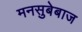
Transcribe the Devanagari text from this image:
मनसुबेबाज